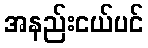
အနည်းငယ်ပင်